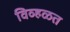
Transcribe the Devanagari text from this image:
विव्हळत